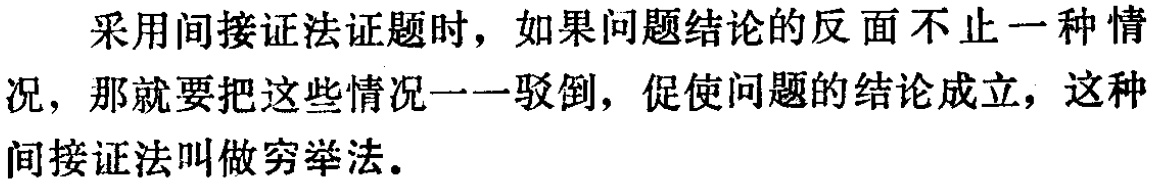
采用间接证法证题时，如果问题结论的反面不止一种情况，那就要把这些情况一一驳倒，促使问题的结论成立，这种间接证法叫做穷举法。